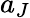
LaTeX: a_{J}